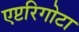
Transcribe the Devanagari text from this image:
एप्टरिगोटा